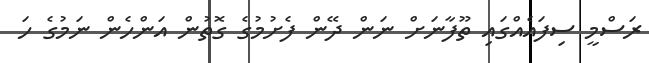
ރަސްމީ ސިފައެއްގައި ތޫފާނަށް ނަން ދޭން ފެށުމުގެ ގޮތުން އަންހެން ނަމުގެ ހަ